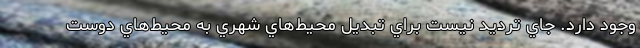
وجود دارد. جاي ترديد نيست براي تبديل محيط‌هاي شهري به محيط‌هاي دوست